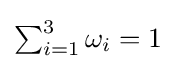
{\textstyle \sum _{i=1}^{3}\omega _{i}=1}